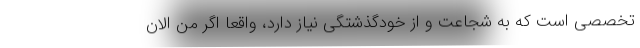
تخصصی است که به شجاعت و از خودگذشتگی نیاز دارد، واقعا اگر من الان